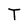
Character: T